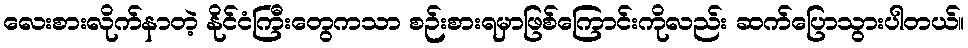
လေးစားလိုက်နာတဲ့ နိုင်ငံကြီးတွေကသာ စဉ်းစားရမှာဖြစ်ကြောင်းကိုလည်း ဆက်ပြောသွားပါတယ်။